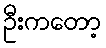
ဦးကတော့